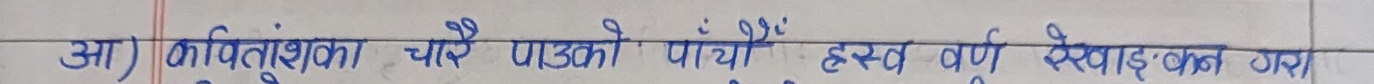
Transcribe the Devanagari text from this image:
आ) कवितांशका चौरे पाउको पाँचौ ह्रस्व वर्ण रेखाङ्कन गर।